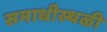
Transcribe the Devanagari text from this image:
समाधीस्थळी